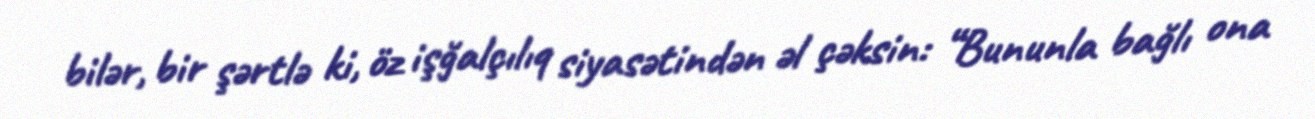
bilər, bir şərtlə ki, öz işğalçılıq siyasətindən əl çəksin: “Bununla bağlı ona